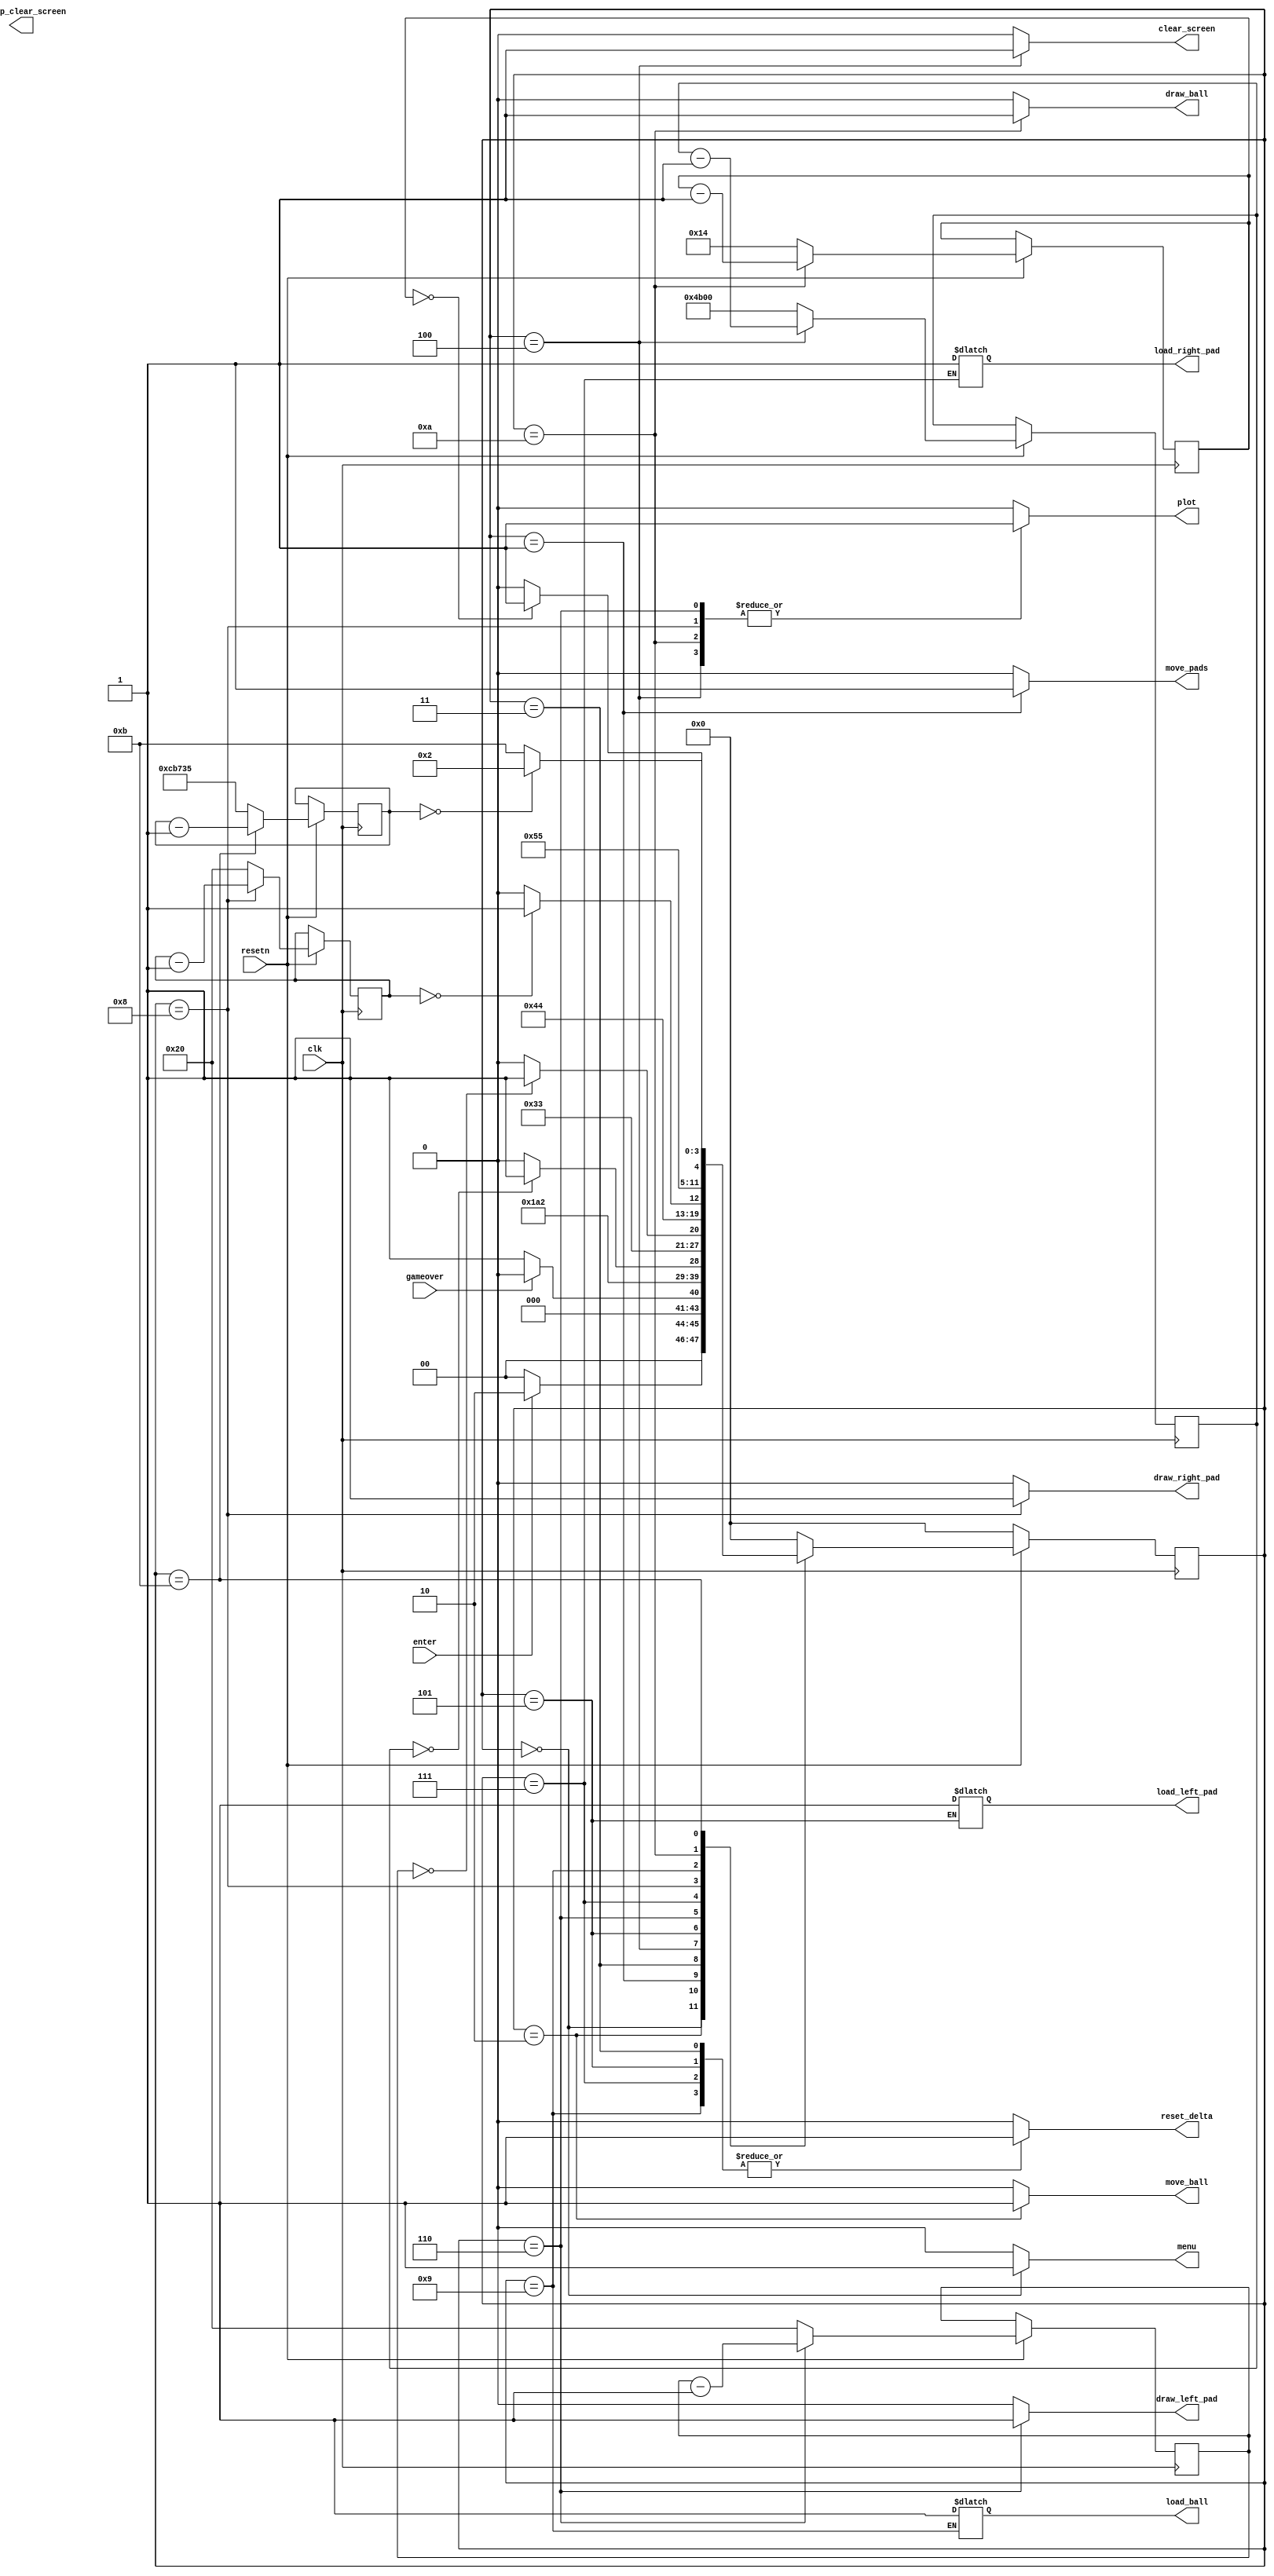
module control(
	input clk,
	input resetn,
	input enter,	// From keyboard
	input gameover,
	
	// Output based on state
	output reg menu,
	output reg move_pads,
	output reg move_ball,
	output reg set_up_clear_screen,
	output reg clear_screen,
	output reg load_left_pad,
	output reg draw_left_pad,
	output reg load_right_pad,
	output reg draw_right_pad,
	output reg load_ball,
	output reg draw_ball,
	output reg reset_delta,
	output reg plot
	);
	
	// Number of clock ticks we need to do each operation
	localparam 	PAD_COUNTER_LENGTH 			= 6'b100000,
				BALL_COUNTER_LENGTH 		= 5'b10100,
				FRAME_COUNTER_LENGTH		= 20'b11001011011100110101,
				CLEAR_SCREEN_COUNTER_LENGTH	= 15'b100101100000000;
				
	// State registers and counters
	reg [5:0] draw_left_pad_counter;
	reg [5:0] draw_right_pad_counter;
	reg [4:0] draw_ball_counter;
	reg [19:0] frame_counter;
	reg [14:0] clear_screen_counter;
	reg [3:0] current_state, next_state; 
    
	// States
    localparam  S_MENU        			= 4'd0,
                S_MOVE_PADS   			= 4'd1,
                S_MOVE_BALL 			= 4'd2,
				S_LOAD_CLEAR_SCREEN		= 4'd3,
				S_CLEAR_SCREEN			= 4'd4,
				S_LOAD_LEFT				= 4'd5,
                S_DRAW_LEFT_PAD  		= 4'd6,
				S_LOAD_RIGHT			= 4'd7,
				S_DRAW_RIGHT_PAD		= 4'd8,
				S_LOAD_BALL				= 4'd9,
				S_DRAW_BALL				= 4'd10,
				S_WAIT					= 4'd11;
	
	// State table
	always @(*)
	begin: state_table 
            case (current_state)
                S_MENU: next_state = enter ? S_MOVE_BALL : S_MENU;
				S_MOVE_BALL: next_state = (gameover == 1) ? S_MENU : S_MOVE_PADS; 
                S_MOVE_PADS: next_state = S_LOAD_CLEAR_SCREEN;
				S_LOAD_CLEAR_SCREEN: next_state = S_CLEAR_SCREEN;
				S_CLEAR_SCREEN: next_state = (clear_screen_counter == 0) ? S_LOAD_LEFT : S_CLEAR_SCREEN;
				S_LOAD_LEFT: next_state = S_DRAW_LEFT_PAD;
                S_DRAW_LEFT_PAD: next_state = (draw_left_pad_counter == 0) ? S_LOAD_RIGHT: S_DRAW_LEFT_PAD;
				S_LOAD_RIGHT: next_state = S_DRAW_RIGHT_PAD;
				S_DRAW_RIGHT_PAD: next_state = (draw_right_pad_counter == 0) ? S_LOAD_BALL : S_DRAW_RIGHT_PAD;
				S_LOAD_BALL: next_state = S_DRAW_BALL;
				S_DRAW_BALL: next_state = (draw_ball_counter == 0) ? S_WAIT : S_DRAW_BALL;
				S_WAIT: next_state = (frame_counter == 0) ? S_MOVE_BALL : S_WAIT;
			default:     next_state = S_MENU;
        endcase
    end
	
	// State logic
	always @(*)
    begin: enable_signals
        // By default make all our signals 0
        move_pads	 		= 1'b0;
		move_ball 			= 1'b0;
		load_clear_screen 	= 1'b0;
		clear_screen 		= 1'b0;
		draw_left_pad 		= 1'b0;
		draw_right_pad 		= 1'b0;
		draw_ball 			= 1'b0;
		reset_delta 		= 1'b0;
		plot 				= 1'b0;
		menu				= 1'b0;

        case (current_state)
			S_MENU: begin
				menu <= 1'b1;
				end
            S_MOVE_PADS: begin
				move_pads <= 1'b1;
				end
			S_MOVE_BALL: begin
				move_ball <= 1'b1;
				end 
			S_LOAD_CLEAR_SCREEN: begin
				reset_delta <= 1'b1;
				load_clear_screen <= 1'b1;
				end
			S_CLEAR_SCREEN: begin
				clear_screen <= 1'b1;
				plot <= 1'b1;
				end
			S_DRAW_LEFT_PAD: begin
				draw_left_pad <= 1'b1;
				plot <= 1'b1;
				end
			S_DRAW_RIGHT_PAD: begin
				draw_right_pad <= 1'b1;
				plot <= 1'b1;
				end
			S_DRAW_BALL: begin
				draw_ball <= 1'b1;
				plot <= 1'b1;
				end
			S_LOAD_LEFT: begin
				load_left_pad <= 1'b1;
				reset_delta <= 1'b1;
				end
			S_LOAD_RIGHT: begin
				load_right_pad <= 1'b1;
				reset_delta <= 1'b1;
				end
			S_LOAD_BALL: begin
				load_ball <= 1'b1;
				reset_delta <= 1'b1;
				end
			
        endcase
    end
	
	// Update current state, and update each counter on the clock edge
    always@(posedge clk)
    begin: state_FFs
        if(!resetn)
            current_state <= S_MENU;
        else begin
            current_state <= next_state;
			if(current_state == S_DRAW_LEFT_PAD)
				draw_left_pad_counter <= draw_left_pad_counter - 1;
			else draw_left_pad_counter <= PAD_COUNTER_LENGTH;
			
			if(current_state == S_DRAW_RIGHT_PAD)
				draw_right_pad_counter <= draw_right_pad_counter - 1;
			else draw_right_pad_counter <= PAD_COUNTER_LENGTH;
				
			if(current_state == S_DRAW_BALL)
				draw_ball_counter <= draw_ball_counter - 1;
			else draw_ball_counter <= BALL_COUNTER_LENGTH;
				
			if(current_state == S_WAIT)
				frame_counter <= frame_counter - 1;
			else frame_counter <= FRAME_COUNTER_LENGTH;
			
			if(current_state == S_CLEAR_SCREEN)
				clear_screen_counter <= clear_screen_counter -1;
			else clear_screen_counter <= CLEAR_SCREEN_COUNTER_LENGTH;
		
		end
    end
endmodule